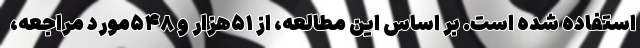
استفاده ‌شده است. بر اساس این مطالعه، از ۵۱هزار و ۵۴۸مورد مراجعه،